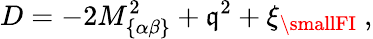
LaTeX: D=-2M_{\{ \alpha\beta\} }^{2}+\mathfrak{q}^{2}+\xi_{\mathrm{{{\smallFI}}}}~,